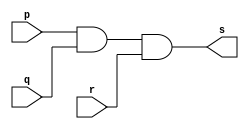
// -------------------------
// Exercicio04 - AND
// Nome: Thaise Souto Martins
// ------------------------- 
 
// ------------------------- 
// -- and gate 
// ------------------------- 
module andgate (output s, input p, input q, input r);
	assign s = p & q & r;
endmodule

module testandgate;
	reg a, b, c;
	wire s;
	andgate AND1 (s, a ,b, c);
initial 
	begin
		a = 0;
		b = 0;
		c = 0;
	end

initial 
	begin
		$display("Exercicio04 - Thaise Souto Martins - 395504");
      $display("Test AND gate"); 
      $display("\na & b & c = s\n"); 
      a=0; b=0; c=0;
		$monitor("%b & %b & %b = %b",a,b,c,s);
		#1 c=1;
		#1 b=1;
			c=0;
		#1	c=1;
		#1 a=1;
			b=0;
			c=0;
		#1 c=1;
		#1 c=0;
			b=1;
		#1 c=1;
			
	end

endmodule

    // Exercicio04 - Thaise Souto Martins - 395504
    // Test AND gate
    // 
    // a & b & c = s
    // 
    // 0 & 0 & 0 = 0
    // 0 & 0 & 1 = 0
    // 0 & 1 & 0 = 0
    // 0 & 1 & 1 = 0
    // 1 & 0 & 0 = 0
    // 1 & 0 & 1 = 0
    // 1 & 1 & 0 = 0
    // 1 & 1 & 1 = 1